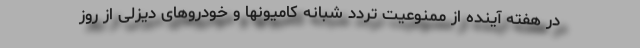
در هفته آینده از ممنوعیت تردد شبانه کامیونها و خودروهای دیزلی از روز